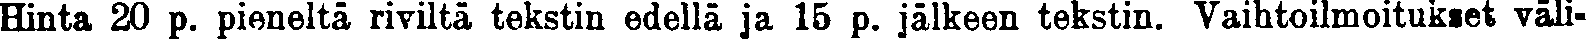
Hinta 20 p. pieneltä riviltä tekstin edellä ja 15 p. jälkeen tekstin. Vaihtoilmoitukset väli-